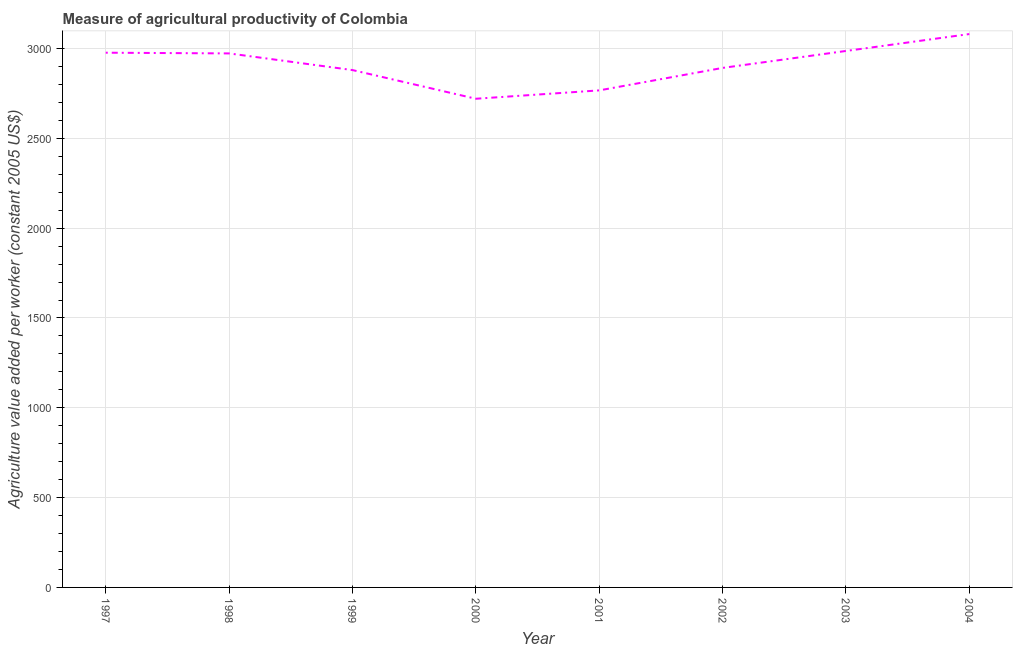
| Year | Agriculture value added per worker |
 | --- | --- |
 | 1997 | 2.98e+03 |
 | 1998 | 2.97e+03 |
 | 1999 | 2.88e+03 |
 | 2000 | 2.72e+03 |
 | 2001 | 2.77e+03 |
 | 2002 | 2.89e+03 |
 | 2003 | 2.99e+03 |
 | 2004 | 3.08e+03 |